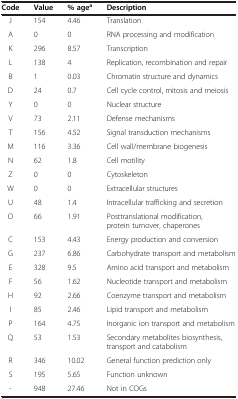
| Code | Value | % agea | Description |
 | --- | --- | --- | --- |
 | J | 154 | 4.46 | Translation |
 | A | 0 | 0 | RNA processing and modification |
 | K | 296 | 8.57 | Transcription |
 | L | 138 | 4 | Replication, recombination and repair |
 | B | 1 | 0.03 | Chromatin structure and dynamics |
 | D | 24 | 0.7 | Cell cycle control, mitosis and meiosis |
 | Y | 0 | 0 | Nuclear structure |
 | V | 73 | 2.11 | Defense mechanisms |
 | T | 156 | 4.52 | Signal transduction mechanisms |
 | M | 116 | 3.36 | Cell wall/membrane biogenesis |
 | N | 62 | 1.8 | Cell motility |
 | Z | 0 | 0 | Cytoskeleton |
 | W | 0 | 0 | Extracellular structures |
 | U | 48 | 1.4 | Intracellular trafficking and secretion |
 | O | 66 | 1.91 | Posttranslational modification, protein turnover, chaperones |
 | C | 153 | 4.43 | Energy production and conversion |
 | G | 237 | 6.86 | Carbohydrate transport and metabolism |
 | E | 328 | 9.5 | Amino acid transport and metabolism |
 | F | 56 | 1.62 | Nucleotide transport and metabolism |
 | H | 92 | 2.66 | Coenzyme transport and metabolism |
 | I | 85 | 2.46 | Lipid transport and metabolism |
 | P | 164 | 4.75 | Inorganic ion transport and metabolism |
 | Q | 53 | 1.53 | Secondary metabolites biosynthesis, transport and catabolism |
 | R | 346 | 10.02 | General function prediction only |
 | S | 195 | 5.65 | Function unknown |
 | - | 948 | 27.46 | Not in COGs |